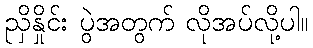
ညှိနှိုင်း ပွဲအတွက် လိုအပ်လို့ပါ။